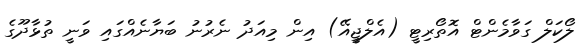
ލޯކަލް ގަވާމެންޓް އޮތޯރިޓީ (އެލްޖީއޭ) އިން މިއަދު ނެރުނު ބަޔާނެއްގައި ވަނީ ތުޅާދޫގެ